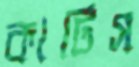
কার্টিস